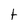
Character: t